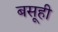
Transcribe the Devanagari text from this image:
बसूही